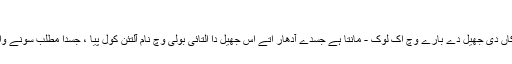
التائی مانتالکھو
مقامی التائی لوکاں دی جھیل دے بارے وچّ اک لوک - مانتا ہے جسدے آدھار اتے اس جھیل دا التائی بولی وچّ نام آلتئن کول پیا ، جسدا مطلبّ سونے والی جصیل ہے ۔